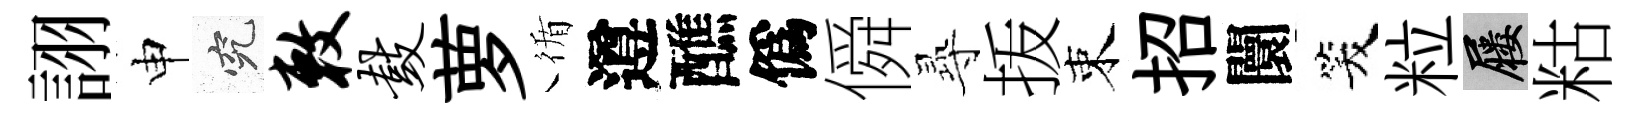
詡申究敕鼓萝循遵醮僞僢𡬶㧞束招闤笑粒屨䊀